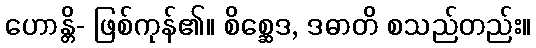
ဟောန္တိ- ဖြစ်ကုန်၏။ စိစ္ဆေဒ, ဒဓာတိ စသည်တည်း။